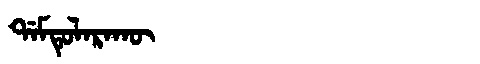
Manchu: ᡩᠠᠮᡨᡠᠯᠠᡵᠠᡴᡡ
Romanization: DAMTULARAKŪ